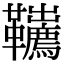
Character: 𩎇